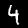
Label: 4